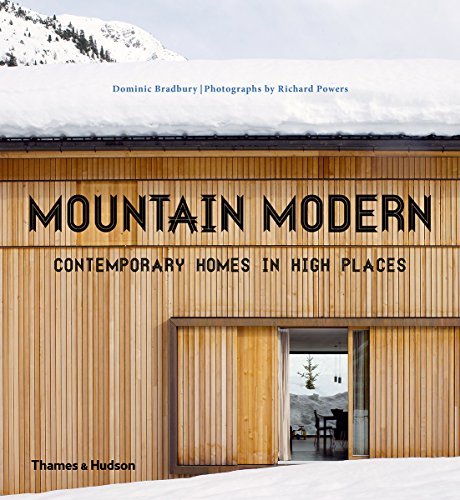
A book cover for Mountain Modern: Contemporary Homes in High Places; Dominic Bradbury; Crafts, Hobbies & Home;